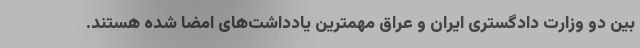
بین دو وزارت دادگستری ایران و عراق مهمترین یادداشت‌های امضا شده هستند.